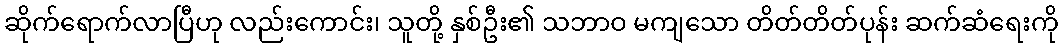
ဆိုက်ရောက်လာပြီဟု လည်းကောင်း၊ သူတို့ နှစ်ဦး၏ သဘာဝ မကျသော တိတ်တိတ်ပုန်း ဆက်ဆံရေးကို